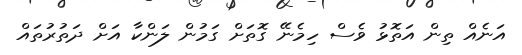
އަނެއް ތިން އަތޮޅު ވެސް ހިމެނޭ ގޮތަށް ގަމުން ލަންކާ އަށް ދަތުރުތައް